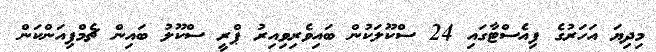
މިދިޔަ އަހަރުގެ ފިއެސްޓާގައި 24 ސްކޫލަކުން ބައިވެރިވިއިރު ޕްރީ ސްކޫލު ބައިން ޗެމްޕިއަންކަން